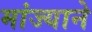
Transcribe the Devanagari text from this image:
मांज्याने